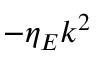
- \eta _ { E } k ^ { 2 }